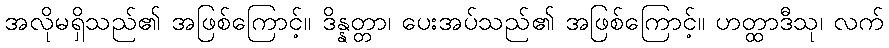
အလိုမရှိသည်၏ အဖြစ်ကြောင့်။ ဒိန္နတ္တာ၊ ပေးအပ်သည်၏ အဖြစ်ကြောင့်။ ဟတ္ထာဒီသု၊ လက်